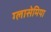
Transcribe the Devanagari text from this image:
ग्लासेमिया